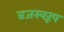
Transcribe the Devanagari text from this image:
व्रजस्वरूप